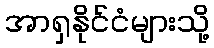
အာရှနိုင်ငံများသို့